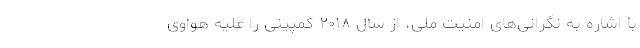
با اشاره به نگرانی‌های امنیت ملی، از سال ۲۰۱۸ کمپینی را علیه هواوی